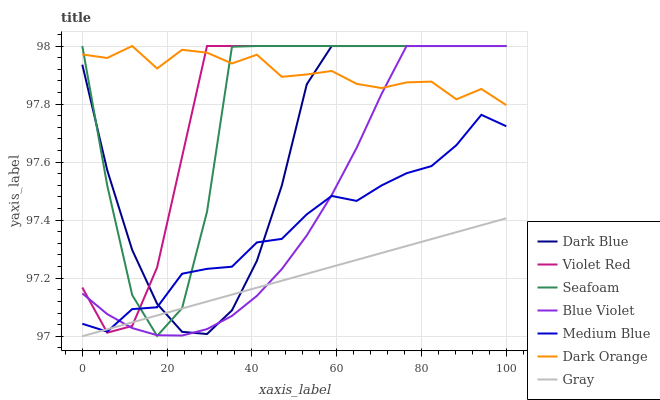
| xaxis_label | Dark Blue | Violet Red | Seafoam | Blue Violet | Medium Blue | Dark Orange | Gray |
 | --- | --- | --- | --- | --- | --- | --- | --- |
 | 0 | 97.9 | 97.2 | 98 | 97.1 | 97 | 98 | 97 |
 | 5.88 | 97.6 | 97 | 97.5 | 97.1 | 97 | 98 | 97 |
 | 11.8 | 97.3 | 97 | 97.1 | 97 | 97.1 | 98 | 97 |
 | 17.6 | 97.1 | 97.2 | 97 | 97 | 97.1 | 97.9 | 97.1 |
 | 23.5 | 97 | 97.6 | 97.1 | 97 | 97.2 | 98 | 97.1 |
 | 29.4 | 97 | 98 | 97.4 | 97 | 97.2 | 98 | 97.1 |
 | 35.3 | 97.1 | 98 | 98 | 97.1 | 97.2 | 97.9 | 97.1 |
 | 41.2 | 97.3 | 98 | 98 | 97.1 | 97.3 | 98 | 97.2 |
 | 47.1 | 97.5 | 98 | 98 | 97.2 | 97.3 | 97.9 | 97.2 |
 | 52.9 | 97.9 | 98 | 98 | 97.3 | 97.4 | 97.9 | 97.2 |
 | 58.8 | 98 | 98 | 98 | 97.5 | 97.5 | 97.9 | 97.2 |
 | 64.7 | 98 | 98 | 98 | 97.6 | 97.5 | 97.9 | 97.3 |
 | 70.6 | 98 | 98 | 98 | 97.8 | 97.5 | 97.9 | 97.3 |
 | 76.5 | 98 | 98 | 98 | 98 | 97.6 | 97.9 | 97.3 |
 | 82.4 | 98 | 98 | 98 | 98 | 97.6 | 97.9 | 97.3 |
 | 88.2 | 98 | 98 | 98 | 98 | 97.7 | 97.8 | 97.4 |
 | 94.1 | 98 | 98 | 98 | 98 | 97.8 | 97.9 | 97.4 |
 | 100 | 98 | 98 | 98 | 98 | 97.7 | 97.8 | 97.4 |